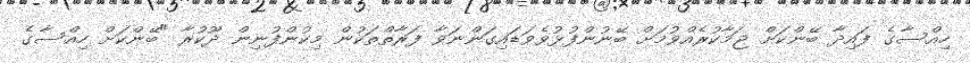
ހިއްސާގެ ފައިދާ ބޭންކަށް ޖަމާކުރެއްވުމަށްް ބޭނުންފުޅުވެވަޑައިގަންނަވާ ފަރާތްތަކުން މިކުންފުނިން ދޫކުރާ "ބޭންކަށްް ހިއްސާގެ